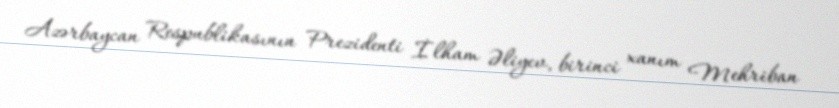
Azərbaycan Respublikasının Prezidenti İlham Əliyev, birinci xanım Mehriban